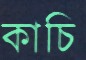
কাচি